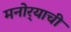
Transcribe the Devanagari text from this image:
मनोर्‍याची